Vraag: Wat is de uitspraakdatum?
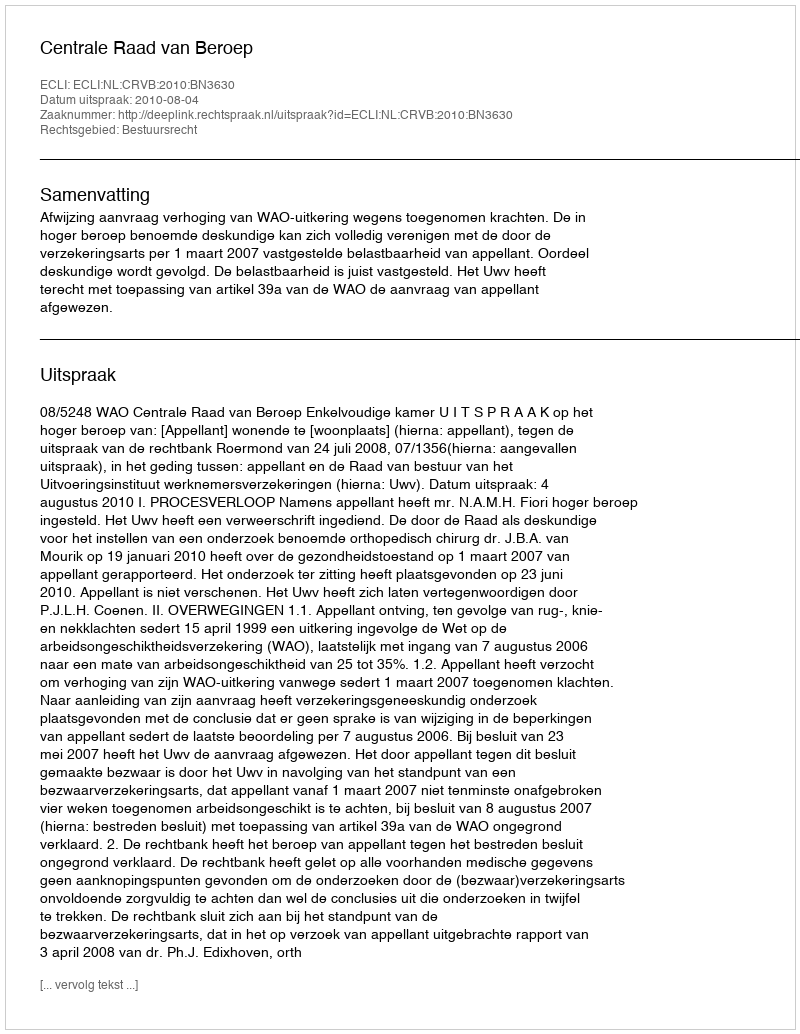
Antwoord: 2010-08-04